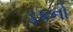
ડકનો